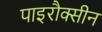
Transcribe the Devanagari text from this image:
पाइरौक्सीन